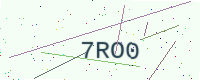
Text: 7RO0